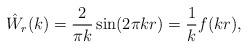
LaTeX: \begin{align*}\hat W_r(k) = \frac{2}{\pi k}\sin(2\pi k r) = \frac{1}{k}f(kr),\end{align*}